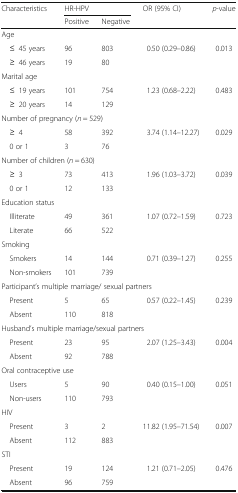
<table><thead><tr><td rowspan="2"><b>Characteristics</b></td><td colspan="2"><b>HR-HPV</b></td><td rowspan="2"><b>OR (95% CI)</b></td><td rowspan="2"><b><i>p</i>-value</b></td></tr><tr><td><b>Positive</b></td><td><b>Negative</b></td></tr></thead><tbody><tr><td colspan="5">Age</td></tr><tr><td> ≤45 years</td><td>96</td><td>803</td><td>0.50 (0.29–0.86)</td><td>0.013</td></tr><tr><td> ≥46 years</td><td>19</td><td>80</td><td></td><td></td></tr><tr><td colspan="5">Marital age</td></tr><tr><td> ≤19 years</td><td>101</td><td>754</td><td>1.23 (0.68–2.22)</td><td>0.483</td></tr><tr><td> ≥20 years</td><td>14</td><td>129</td><td></td><td></td></tr><tr><td colspan="5">Number of pregnancy (<i>n</i> = 529)</td></tr><tr><td> ≥4</td><td>58</td><td>392</td><td>3.74 (1.14–12.27)</td><td>0.029</td></tr><tr><td> 0 or 1</td><td>3</td><td>76</td><td></td><td></td></tr><tr><td colspan="5">Number of children (<i>n</i> = 630)</td></tr><tr><td> ≥3</td><td>73</td><td>413</td><td>1.96 (1.03–3.72)</td><td>0.039</td></tr><tr><td> 0 or 1</td><td>12</td><td>133</td><td></td><td></td></tr><tr><td colspan="5">Education status</td></tr><tr><td> Illiterate</td><td>49</td><td>361</td><td>1.07 (0.72–1.59)</td><td>0.723</td></tr><tr><td> Literate</td><td>66</td><td>522</td><td></td><td></td></tr><tr><td colspan="5">Smoking</td></tr><tr><td> Smokers</td><td>14</td><td>144</td><td>0.71 (0.39–1.27)</td><td>0.255</td></tr><tr><td> Non-smokers</td><td>101</td><td>739</td><td></td><td></td></tr><tr><td colspan="5">Participant’s multiple marriage/ sexual partners</td></tr><tr><td> Present</td><td>5</td><td>65</td><td>0.57 (0.22–1.45)</td><td>0.239</td></tr><tr><td> Absent</td><td>110</td><td>818</td><td></td><td></td></tr><tr><td colspan="5">Husband’s multiple marriage/sexual partners</td></tr><tr><td> Present</td><td>23</td><td>95</td><td>2.07 (1.25–3.43)</td><td>0.004</td></tr><tr><td> Absent</td><td>92</td><td>788</td><td></td><td></td></tr><tr><td colspan="5">Oral contraceptive use</td></tr><tr><td> Users</td><td>5</td><td>90</td><td>0.40 (0.15–1.00)</td><td>0.051</td></tr><tr><td> Non-users</td><td>110</td><td>793</td><td></td><td></td></tr><tr><td colspan="5">HIV</td></tr><tr><td> Present</td><td>3</td><td>2</td><td>11.82 (1.95–71.54)</td><td>0.007</td></tr><tr><td> Absent</td><td>112</td><td>883</td><td></td><td></td></tr><tr><td colspan="5">STI</td></tr><tr><td> Present</td><td>19</td><td>124</td><td>1.21 (0.71–2.05)</td><td>0.476</td></tr><tr><td> Absent</td><td>96</td><td>759</td><td></td><td></td></tr></tbody></table>